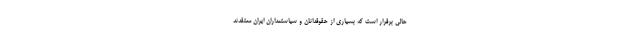
حالی برقرار است که بسیاری از حقوقدانان و سیاستمداران ایران معتقدند